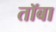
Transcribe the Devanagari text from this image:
तॉबा